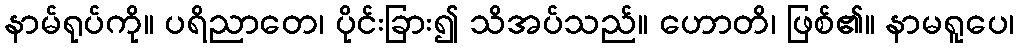
နာမ်ရုပ်ကို။ ပရိညာတေ၊ ပိုင်းခြား၍ သိအပ်သည်။ ဟောတိ၊ ဖြစ်၏။ နာမရူပေ၊